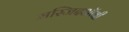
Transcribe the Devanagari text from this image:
मस्जिदऑबी